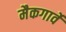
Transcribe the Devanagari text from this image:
मैकगार्वे